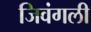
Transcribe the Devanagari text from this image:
जिवंगली